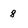
Character: 8